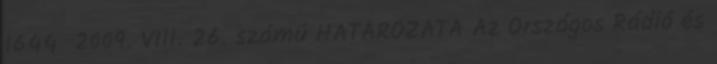
1644 2009. VIII. 26. számú HATÁROZATA Az Országos Rádió és